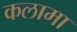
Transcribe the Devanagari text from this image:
कलामा